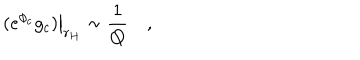
\left. ( e ^ { \phi _ { c } } g _ { c } ) \right| _ { r _ { H } } \sim { \frac { 1 } { Q } } \quad ,